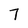
Character: 7